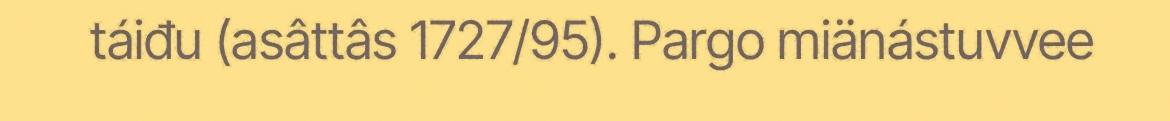
táiđu (asâttâs 1727/95). Pargo miänástuvvee